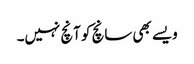
ویسے بھی سانچ کو آنچ نہیں۔